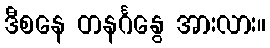
ဒီစနေ တနင်္ဂနွေ အားလား။